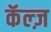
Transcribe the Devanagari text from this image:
कॅल्ज़